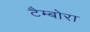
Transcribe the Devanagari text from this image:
टैम्बोरा